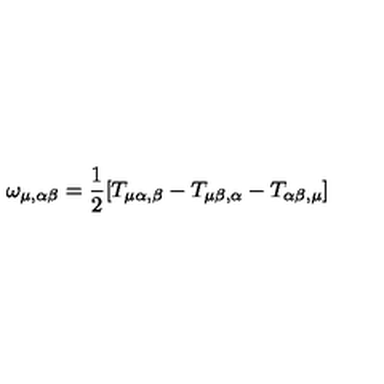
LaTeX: \omega _ { \mu , \alpha \beta } = \frac { 1 } { 2 } [ T _ { \mu \alpha , \beta } - T _ { \mu \beta , \alpha } - T _ { \alpha \beta , \mu } ]